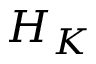
H _ { K }